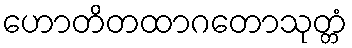
ဟောတိတထာဂတောသုတ္တံ